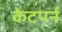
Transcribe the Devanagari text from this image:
केटपर्न